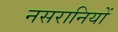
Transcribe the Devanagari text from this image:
नसरानियों